Vaccine operations Central Provinces 1886-1899 - 1886-1899
Year: 1886
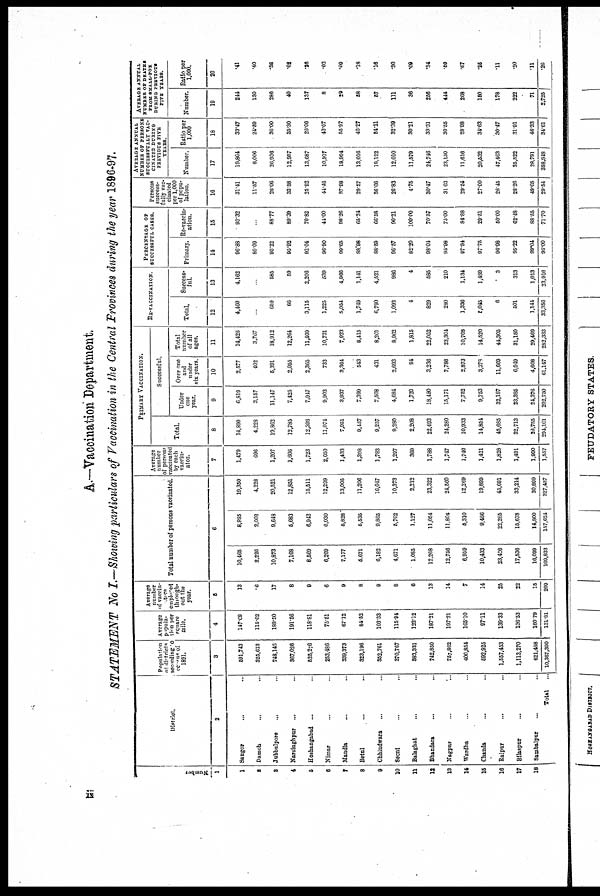
A.—Vaccination Department.
STATEMENT No I.—Showing particulars of Vaccination in the Central Provinces during the year 1896-97.
Number
1
1
2
3
4
5
6
7
8
9
10
11
12
13
14
15
16
17
18
District.
2
Saugor
... ...
Damoh
...
...
Jubbulpore
...
...
Narsinghpur ... ...
Hoshangabad ... ...
Nimar
... ...
Mandla ... ...
Betul ... ...
Chhindwara ... ...
Seoni ... ...
Balaghat ... ...
Bhandara
...
...
Nagpur ... ...
Wardha ... ...
Chanda ... ...
Raipur ... ...
Bilaspur ... ...
Sambalpur ... ...
Total
...
Population
of districts
according to
census of
1891.
3
591,743
325,613
748,146
367,026
525,276
253,486
339,373
323,196
352,761
370,767
383,331
742,850
757,862
400,854
592,925
1,557,453
1,113,270
621,458
10,367,390
Average
popula-
---- per
square
mile.
4
147.68
115.02
189.50
191.56
118.81
75.51
67.12
84.52
103.33
115.94
122.12
187.21
197.21
165.10
97.11
139.33
136.53
160.79
131.81
Average
number
of vaccin¬
tore
employed
through¬
out the
year.
5
13
6
17
8
9
6
9
8
9
8
6
13
14
7
14
25
22
15
209
Total number of persons vaccinated.
6
10,465
2,226
10,873
7,168
8,569
6,269
7,177
5,671
6,182
4,671
1,085
12,268
12,756
6,959
10,433
23,426
17,536
16,099
169,833
8,885
2,002
9,648
5,683
6,942
6,030
5,828
5,535
9,865
5,702
1,127
11,054
11,804
5,310
9,466
22,265
15,678
14,800
157,624
19,350
4,228
20,521
12,851
15,511
12,299
13,005
11,206
16,047
10,373
2,212
23,322
24,560
12,269
19,899
45,691
33,214
30,899
327,457
Average
number
of persons
vaccinated
by each
vaccin-
ator.
7
1,479
696
1,207
1,606
1,723
2,050
1,433
1,398
1,783
1,297
369
1,788
1,747
1,740
1,421
1,828
1,491
1,990
1,557
PRIMARY VACCINATION.
Total.
8
14,890
4,228
19,862
12,785
12,396
11,074
7,951
9,457
9,257
9,280
2,208
22,493
24,280
10,933
14,854
45,685
32,713
29,755
291,101
Successful.
Under
one
year.
9
6,819
3,157
11,147
7,425
7,947
9,903
3,937
7,399
7,508
4,684
1,720
18,480
15,171
7,752
9,753
32,187
23,385
24,376
202,750
Over one
and
under
six years.
10
2,577
402
5,391
2,055
2,365
733
3,664
543
431
2,693
94
3,236
7,786
2,873
3,378
11,669
6,949
4,608
61,147
Total
number
of all
ages.
11
14,426
3,767
18,912
12,264
11,409
10,731
7,923
8,415
8,201
8,962
1,815
22,052
23,304
10,708
14,520
44,305
31,150
29,469
282,333
RE-VACCINATION.
Total.
12
4,460
...
659
66
3,115
1,225
5,054
1,749
6,790
1,093
4
829
280
1,336
5,045
6
501
1,144
33,356
Success-
ful.
13
4,162
...
585
59
2,206
539
4,966
1,141
4,521
986
4
585
210
1,134
1,480
3
313
1,013
23,916
PERCENTAGE OF
SUCCESSFUL CASES.
Primary.
14
96.88
89.09
95.22
95.92
92.04
96.90
99.65
88.98
88.59
96.57
82.20
98.04
95.98
97.94
97.75
96.98
95.22
99.04
96.00
Re-vaccin-
ation.
15
93.32
...
88.77
89.39
70.82
44.00
98.26
65.24
66.58
90.21
100.00
70.57
75.00
84.88
29.51
50.00
62.48
88.55
71.70
Persons
success-
fully vac-
cinated
per 1,000
of popu-
lation.
16
31.41
11.57
26.06
33.58
25.92
44.46
87.98
29.57
36.06
26.83
4.75
30.47
31.03
29.54
27.00
28.45
28.26
49.05
29.64
AVERAGE ANNUAL
NUMBER OF PERSONS
SUCCESSFULLY VAC-
CINATED DURING
PREVIOUS FIVE
YEARS.
Number.
17
19,804
8,006
26,936
12,957
13,687
10,917
18,994
13,016
19,122
12,010
11,579
24,746
23,150
11,616
20,532
47,463
35,522
28,791
358,848
Ratio per
1,000
18
33.47
24.59
36.00
35.30
26.06
43.07
55.97
40.27
54.21
32.39
30.21
33.31
30.55
28.98
34.63
30.47
31.91
46.33
34.61
AVERAGE ANNUAL
NUMBER OF DEATHS
FROM SMALL-POX
DURING PREVIOUS
FIVE YEARS.
Number.
19
244
130
286
40
137
8
29
58
57
111
36
256
444
268
150
178
222
71
2,725
Ratio per
1,000.
20
.41
.40
.38
.02
.26
.03
.00
.18
.16
.30
.09
.34
.59
.67
.25
.11
.20
.11
.26
ii